Report on the administration of the Government Cinchona Department 1892-98
Year: 1892
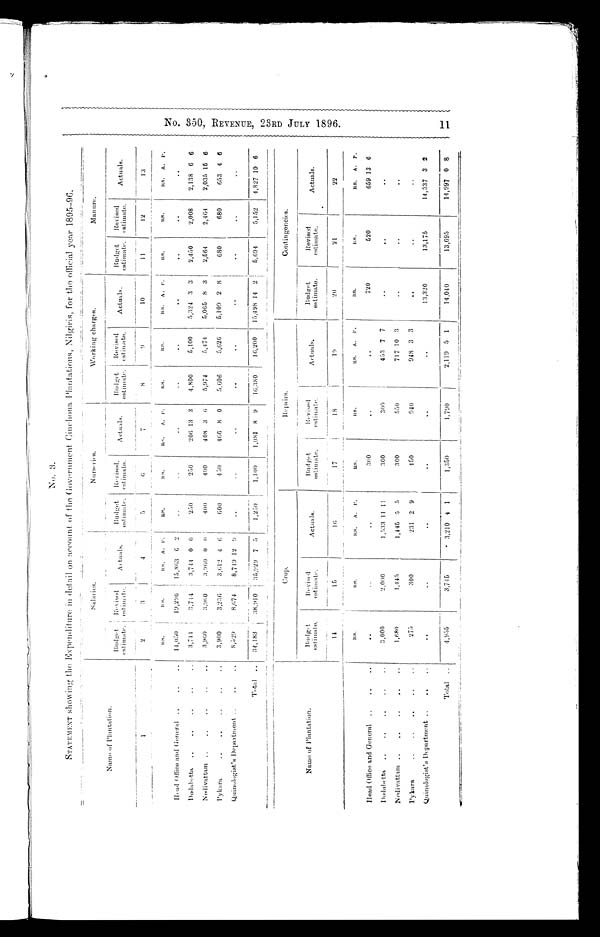
No. 3.
STATEMENT showing the Expenditure in details on account of the Government Cinchona Plantations, Nilgiris, for the official year 1895-96.
Name of Plantation.
Salaries.
Nurseries.
Working charges.
Manure.
Budget estimate. Revised estimate.
Actuals.
Budget estimate. Revised estimate.
Actuals.
Budget estimate.
Revised estimate.
Actuals.
Budget
estimate.
Revised
estimate.
Actuals.
1
2
3
4
5
6
7
8
9
10
11
12
13
Rs.
Rs.
Rs. A. P.
R s .
R s . Rs. A. P.
Rs.
R s .
Rs. A. P.
Rs.
R s .
Rs. A. P.
Head Office and General
14 ,050
19,296
15,863 6 2
. .
. .
.. .. ..
. .
..
.. .. ..
..
..
.. .. ..
Dodabetta
3,744
3,744
3,744 0 0
250
250
206 13 3
4,800
5,100
5,324 3 3
2,450
2,008
2,138 6 6
Nedivattam
3,960
3,960
3,960 0 0
400
4 0 0 408 3 6
5,974
5,474
5,065 8 3
2,564
2,464
2,035 15 6
Pykara
3,900
3,236
3,612 4
6
600
4 5 0 466 8 0
5,606
5,626
5,109 2 8
680
680
653 4 6
Quinologist's Department
8,529
8,674
8,719 12 9
..
. .
.. .. ..
..
..
.. .. ..
..
..
.... ..
T o t a l
3 4 , 1 8 3
38,910
35,929 7 5
1,250
1,100
1,081 8 9
16,380
16,200
15,498 14 2
5,694
5,152
4,827 10 6
Name of Plantation.
Crop.
R e p a i r s .
Contingencies.
Bu d g e t e s t i ma t e .
R e v i s e d e s t i m a t e .
Actuals.
Budget est i mat e.
R e v i s e d e s t i ma t e .
Actuals.
B u d g e t e s t i m a t e .
Revised
estimate.
Actuals.
14
1 5
16
17
18
19
20
21
22
R s .
R s . .
R s . . A. P.
R s . .
R s .
R s .
A. P.
R s .
R s .
Rs. A. P.
Head Office and Genera
..
..
.. .. ..
300
..
.. .. ..
720
520
659 13 6
Dodabetta
3,000
2,000
1,533 11 11
300
300
453 7 7
. .
. .
.. .. ..
Nedivattam
1, 680
1,445
1,445 5 5
300
550
717 10 3 ..
. .
.. .. ..
Pykara
275
300
231 2 9
450
940
948 3 3
..
. .
.. .. ..
Quinologist's Department
..
..
.. .. ..
..
..
.. .. ..
13,320
13,175
14,337 3 2
Total
4,955
3,745
3,210 4 1
1,350
1,790
2,119 5 1
14,040
13,695
14,997 0 8
N o . 3 5 0 , R E V E N U E , 2 3 R D J U L Y 1 8 9 6 . 1 1